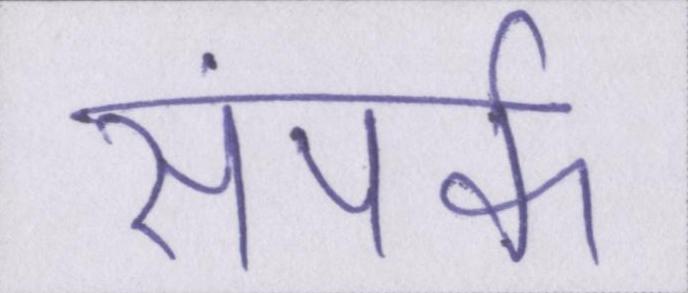
संपर्क